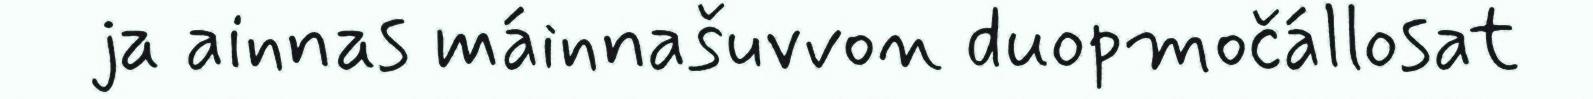
ja ainnas máinnašuvvon duopmočállosat